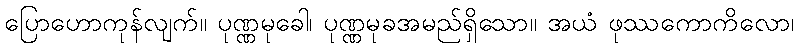
ပြောဟောကုန်လျက်။ ပုဏ္ဏမုခေါ၊ ပုဏ္ဏမုခအမည်ရှိသော။ အယံ ဖုဿကောကိလော၊